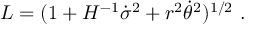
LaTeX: { \cal L } = ( 1 + H ^ { - 1 } \dot { \sigma } ^ { 2 } + r ^ { 2 } \dot { \theta } ^ { 2 } ) ^ { 1 / 2 } \ .